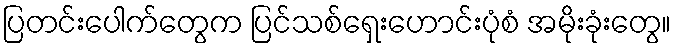
ပြတင်းပေါက်တွေက ပြင်သစ်ရှေးဟောင်းပုံစံ အမိုးခုံးတွေ။